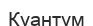
Куантум